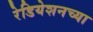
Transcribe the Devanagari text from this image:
रेडियेशनच्या